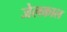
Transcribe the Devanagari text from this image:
जेलकाल